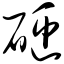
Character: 砸